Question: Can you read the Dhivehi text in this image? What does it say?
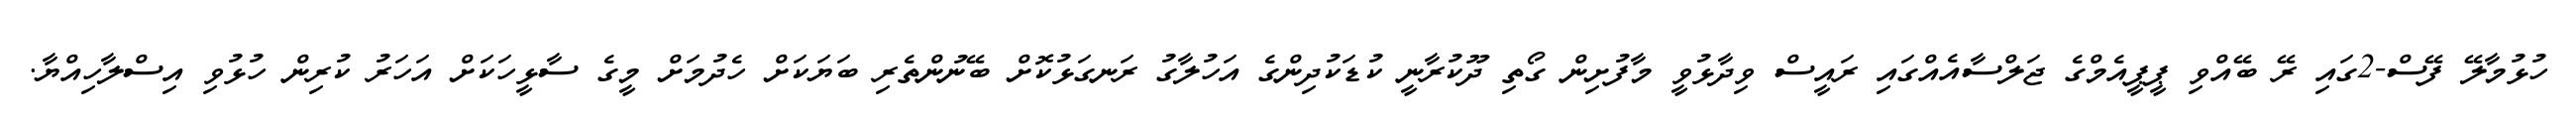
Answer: ހުޅުމާލޭ ފޭސް-2ގައި ރޭ ބޭއްވި ޕީޕީއެމްގެ ޖަލްސާއެއްގައި ރައީސް ވިދާޅުވީ މާފުށިން ގޯތި ދޫކުރާނީ ކުޑަކުދިންގެ އަހުލާގު ރަނގަޅުކޮށް ބޭނުންތެރި ބަޔަކަށް ހެދުމަށް މީގެ ސާޅީހަކަށް އަހަރު ކުރިން ހުޅުވި އިސްލާހިއްޔާ.